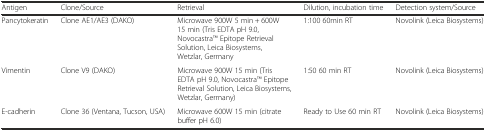
<table><thead><tr><td><b>Antigen</b></td><td><b>Clone/Source</b></td><td><b>Retrieval</b></td><td><b>Dilution, incubation time</b></td><td><b>Detection system/Source</b></td></tr></thead><tbody><tr><td>Pancytokeratin</td><td>Clone AE1/AE3 (DAKO)</td><td>Microwave 900W 5 min + 600W 15 min (Tris EDTA pH 9.0, NovocastraTM Epitope Retrieval Solution, Leica Biosystems, Wetzlar, Germany</td><td>1:100 60min RT</td><td>Novolink (Leica Biosystems)</td></tr><tr><td>Vimentin</td><td>Clone V9 (DAKO)</td><td>Microwave 900W 15 min (Tris EDTA pH 9.0, NovocastraTM Epitope Retrieval Solution, Leica Biosystems, Wetzlar, Germany)</td><td>1:50 60 min RT</td><td>Novolink (Leica Biosystems)</td></tr><tr><td>E-cadherin</td><td>Clone 36 (Ventana, Tucson, USA)</td><td>Microwave 600W 15 min (citrate buffer pH 6.0)</td><td>Ready to Use 60 min RT</td><td>Novolink (Leica Biosystems)</td></tr></tbody></table>